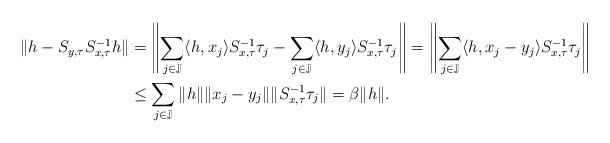
LaTeX: \begin{align*}\|h-S_{y,\tau}S_{x,\tau}^{-1}h\|&=\left\|\sum_{j \in \mathbb{J}}\langle h,x_j \rangle S_{x,\tau}^{-1}\tau_j-\sum_{j \in \mathbb{J}}\langle h,y_j \rangle S_{x,\tau}^{-1}\tau_j \right\|=\left\|\sum_{j \in \mathbb{J}}\langle h,x_j-y_j \rangle S_{x,\tau}^{-1}\tau_j\right\|\\&\leq\sum_{j \in \mathbb{J}}\|h\|\|x_j-y_j\|\| S_{x,\tau}^{-1}\tau_j\|=\beta \|h\|.\end{align*}